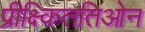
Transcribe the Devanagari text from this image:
प्रीक्ष्किततिओन